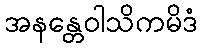
အနန္တေဝါသိကမိဒံ